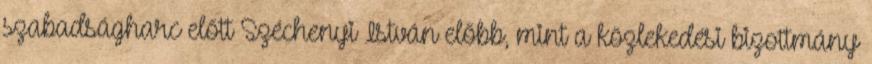
szabadságharc előtt Széchenyi István előbb, mint a közlekedési bizottmány